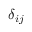
\delta _ { i j }